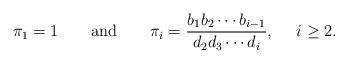
LaTeX: \begin{align*} \pi_1=1~~~~~~\mathrm{and}~~~~~~\pi_i=\frac{{{b}}_{1}{{b}}_{2}\cdots{{b}}_{i-1}}{{{d}}_{2}{{d}}_{3}\cdots{{d}}_{i}},~~~~i\geq2.\end{align*}